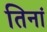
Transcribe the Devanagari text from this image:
तिनां